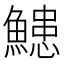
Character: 𮬌